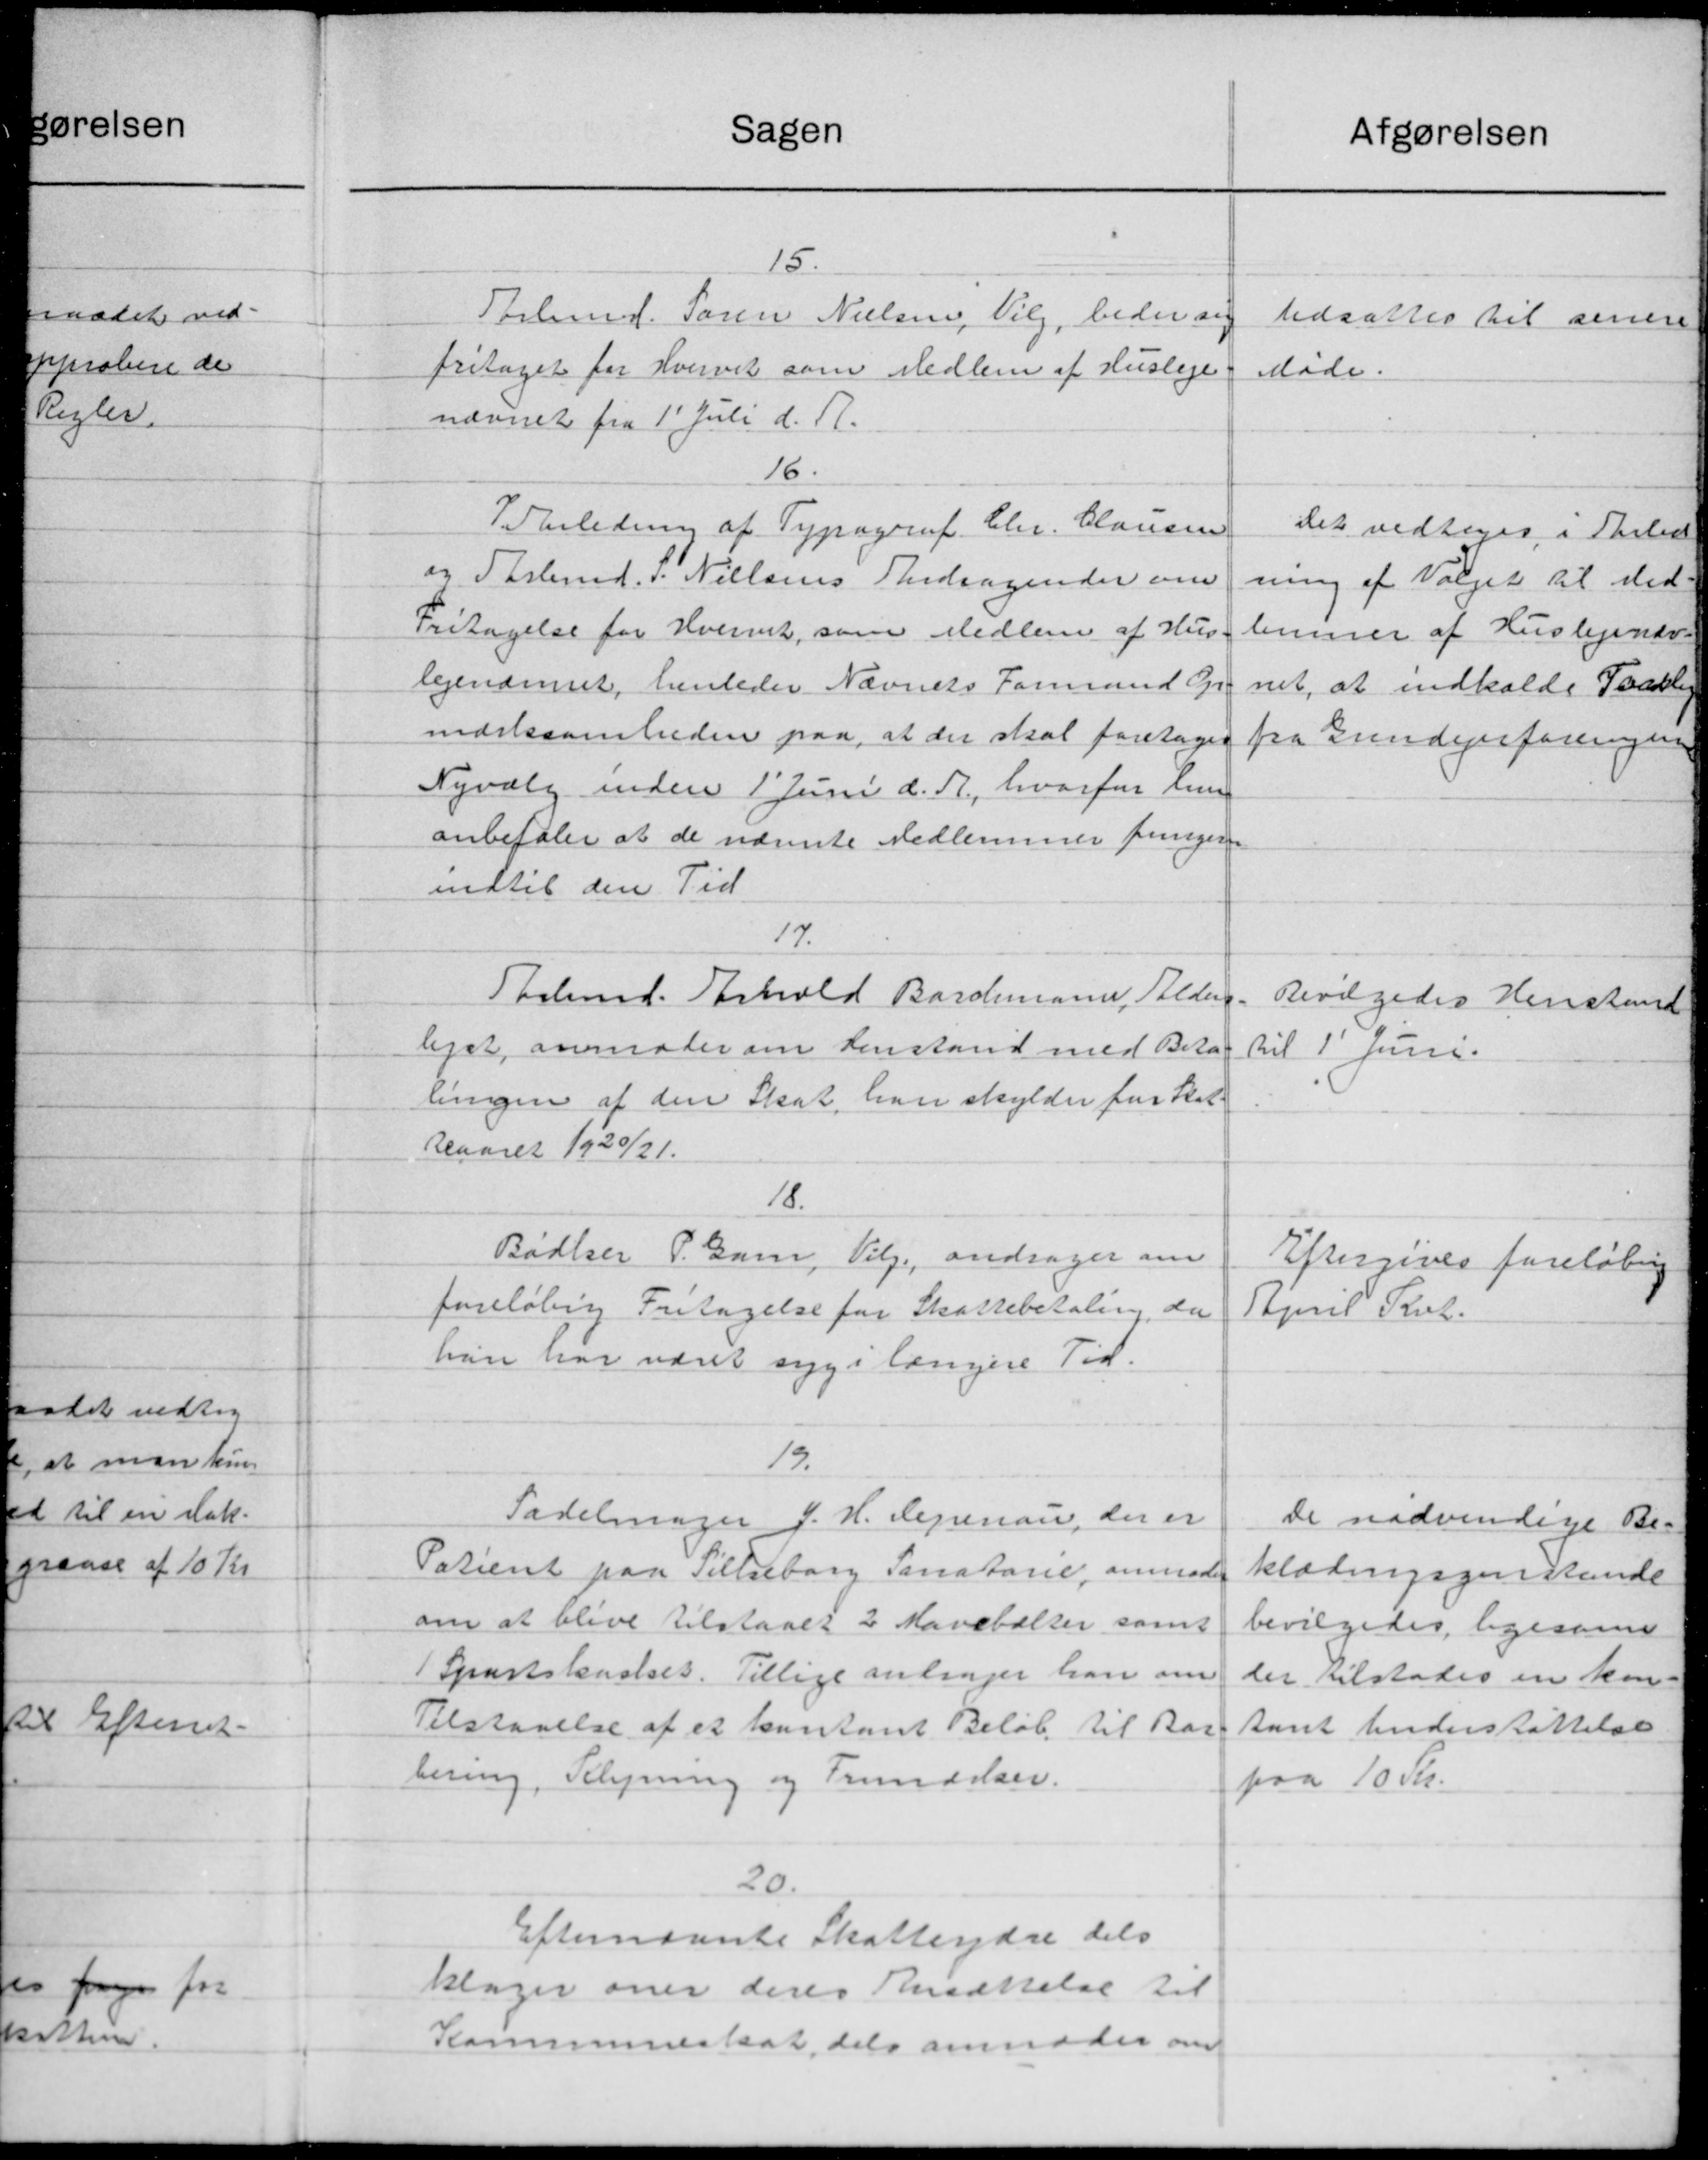
Transskription:
Sagen
15.
Tarlamd. Søren Nielsen, Vilg, beder ang
fritaget for Hvervet som Medlem af Husleje.
nævnet fra 1' Juli d. A.
16.
I Irledning af Typograf. Chr. Clausen
og Sarbmd. v. Nielsens Andragender om
Fritagelse for Hvervet, som Medlem af Hus
lejenævnet, henleder Nævnets Formand Gr
mærksomheden paa, at der skal foretages
Nyvalg inden 1' Juni d. A., hvorfor Lund
anbefaler at de nævnte Medlemmer funger
indtil den Tid.
17.
Thelund. Forhold Barchmann, Alders-
leget, anmoder om Henstand med Beta-
lingen af den Skat, han skylder for Skat.
reaaret 1920/21.
18.
Bødker P. Barn, Vilg, andrager om
foreløbig Fritagelse for Skattebetaling, da
han har været syg i længere Tid.
19.
Sadelmager J. H. Lejrenau, der er
Patient paa Tillaborg Sanatorie, anmoder
om at blive tilstaaet 2 Marebælter samt
 Sportskasset. Tillige andrager han om
Tilstaaelse af et kontant Beløb til Bar
bering, Belysning og Frimærker.
20.
Efternævnte Skatteydre dels
klager over deres Ansættelse til
Kommuneskat, dels anmoder om